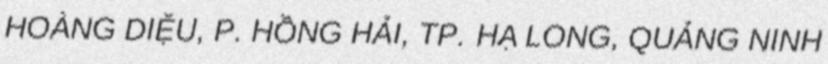
HOÀNG DIỆU, P. HỒNG HẢI, TP. HẠ LONG, QUẢNG NINH